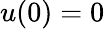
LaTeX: u(0)=0